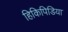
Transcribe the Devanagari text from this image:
हिकिपिडिया